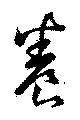
養